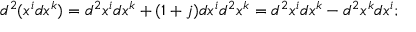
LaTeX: d ^ { 2 } ( x ^ { i } d x ^ { k } ) = d ^ { 2 } x ^ { i } d x ^ { k } + ( 1 + j ) d x ^ { i } d ^ { 2 } x ^ { k } = d ^ { 2 } x ^ { i } d x ^ { k } - d ^ { 2 } x ^ { k } d x ^ { i } ;